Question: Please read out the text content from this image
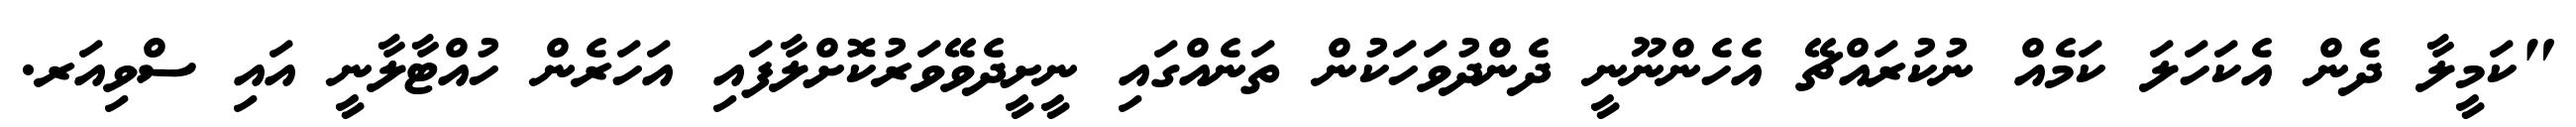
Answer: "ކަމީލާ ދެން އެކަހަލަ ކަމެއް ނުކުރައްޗޭ އެހެންނޫނީ ދެންދުވަހަކުން ތަނެއްގައި ނީށީދެވޭވަރުކޮށްލާފައި އަހަރެން ހުއްޓާލާނީ އައި ސްވިއަރ.